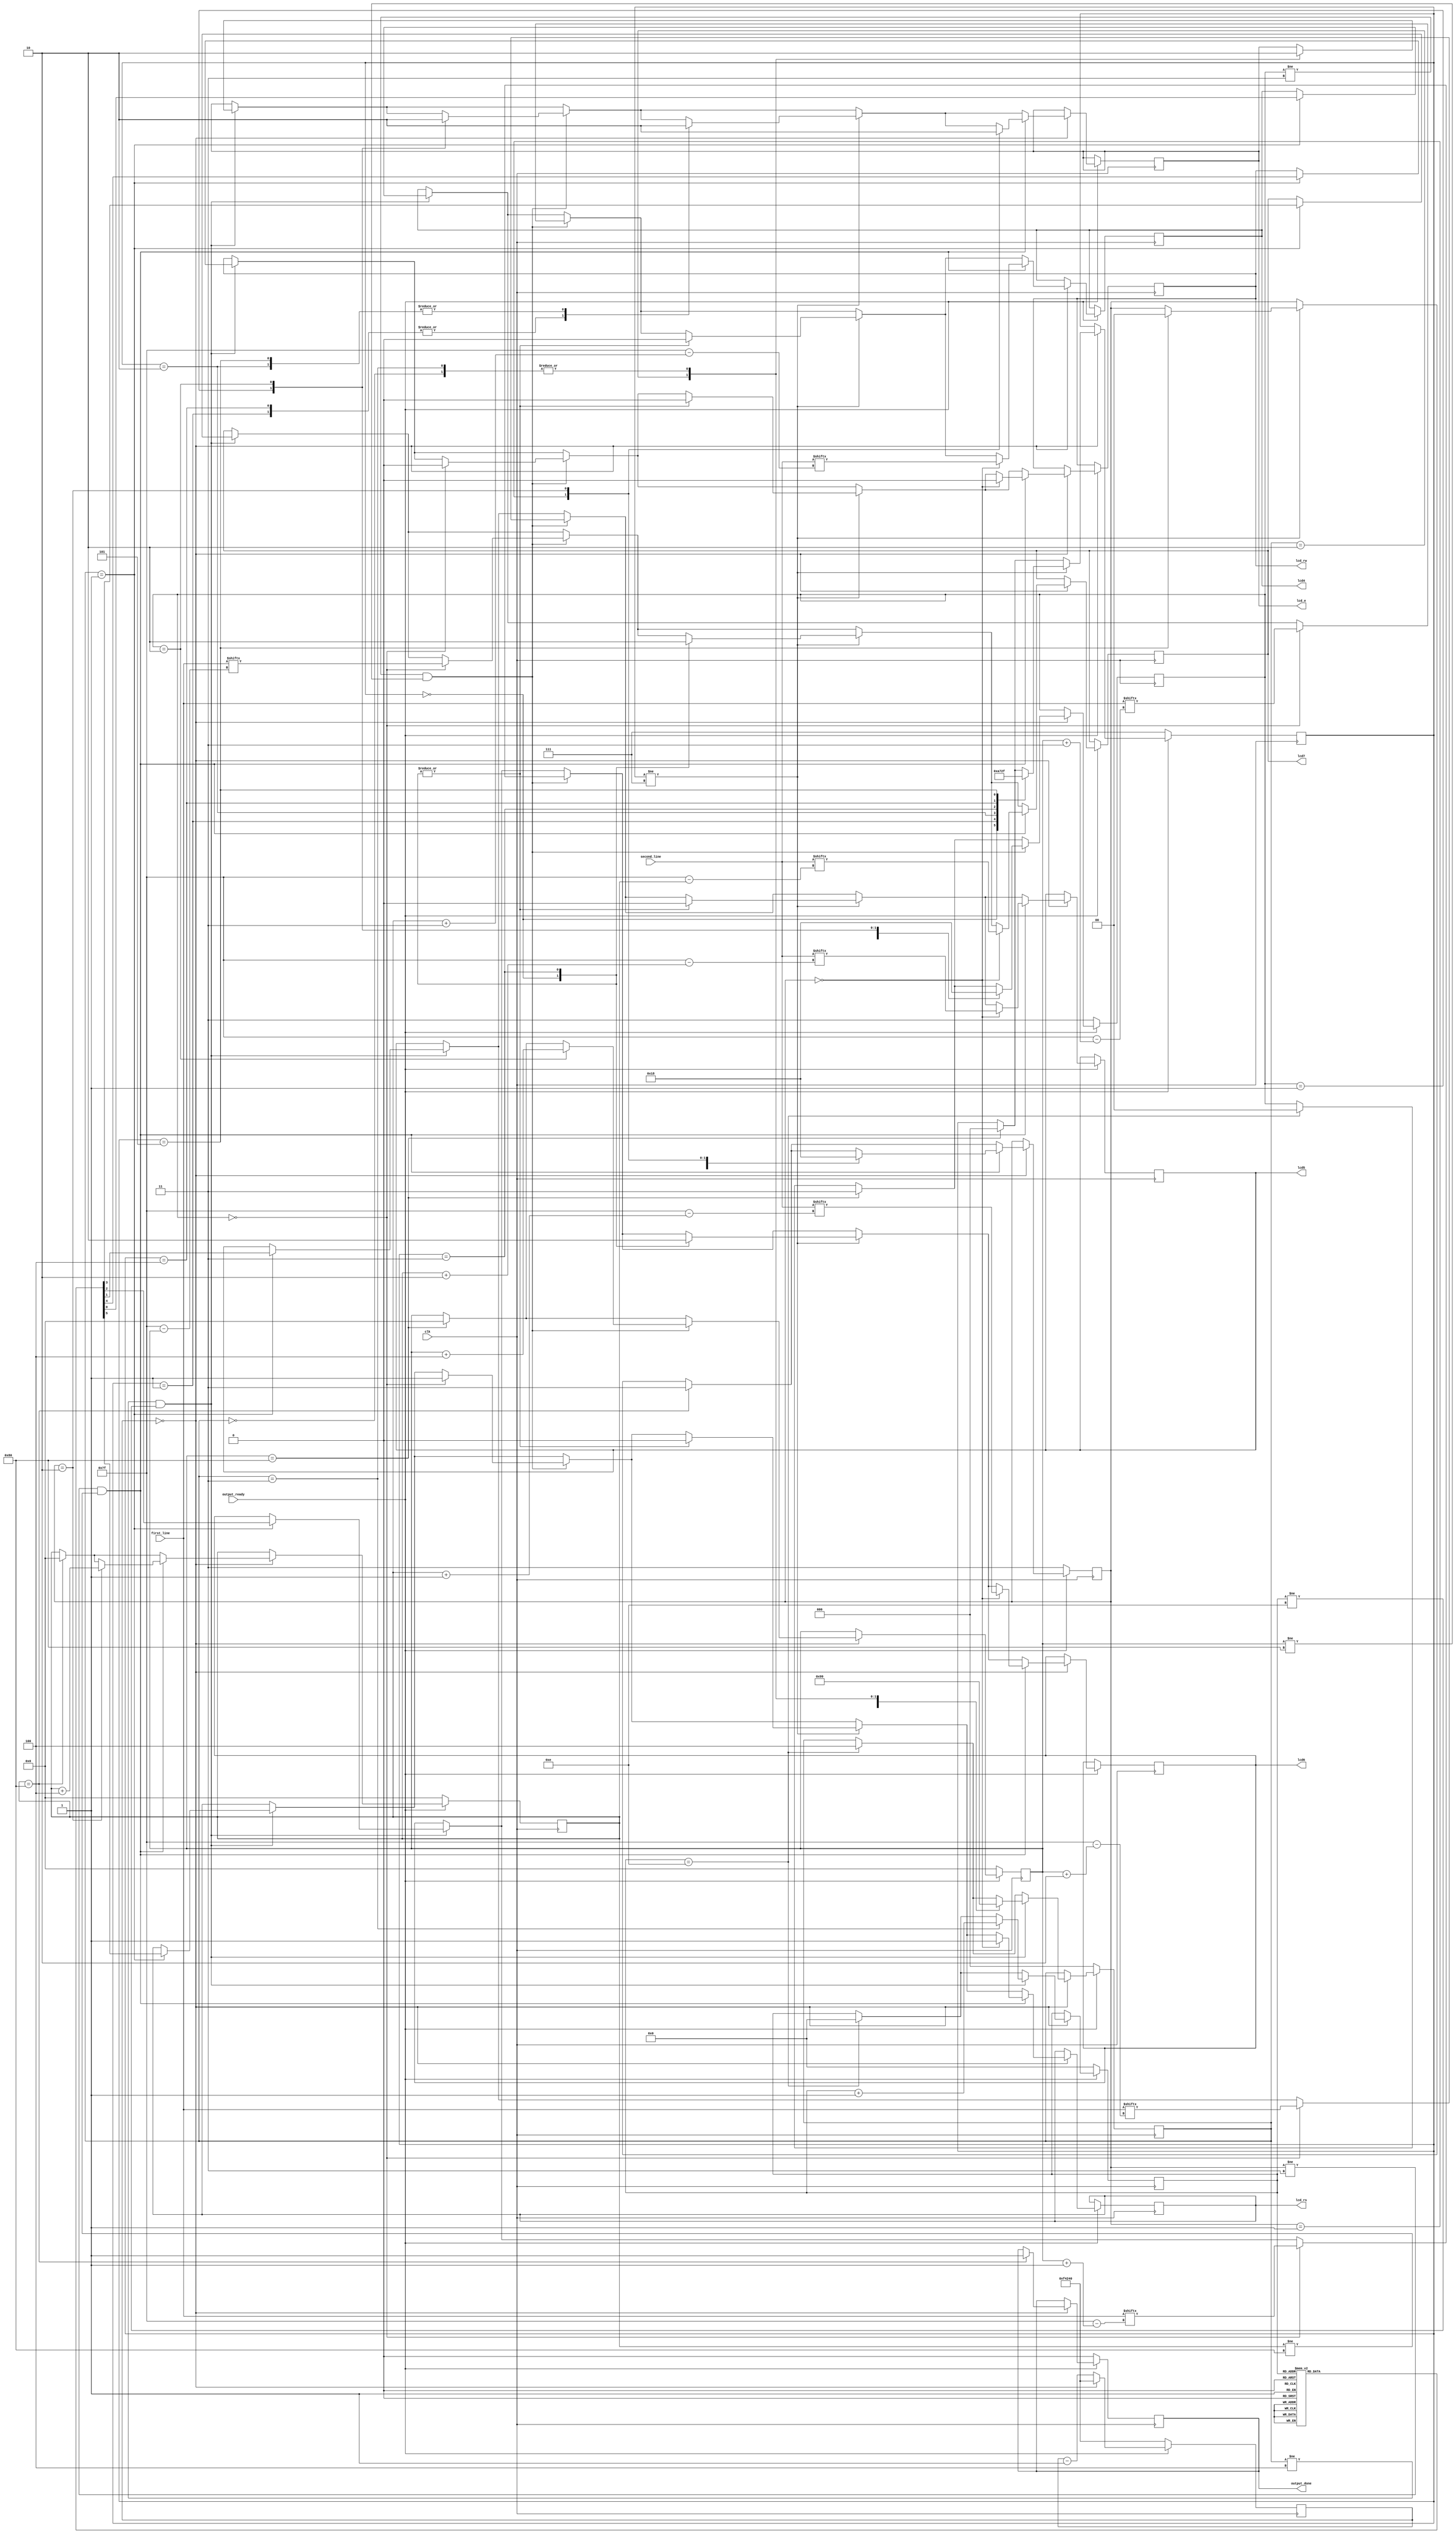
`timescale 1ns / 1ps
//////////////////////////////////////////////////////////////////////////////////
// Company: 
// Engineer: 
// 
// Design Name: 
// Module Name:    lcd_interface 
// Project Name: 
// Target Devices: 
// Tool versions: 
// Description: 
//
// Dependencies: 
//
// Revision: 
// Revision 0.01 - File Created
// Additional Comments: Authored by Mainak Chaudhuri
//
//////////////////////////////////////////////////////////////////////////////////
module lcd_interface(output_ready, first_line, second_line, clk, lcd_rs, lcd_rw, lcd_e, lcd4, lcd5, lcd6, lcd7, output_done
    );

   	input output_ready;
   	input [0:127] first_line;
	input [0:127] second_line;
	input clk;
	output lcd_rs, lcd_rw, lcd_e, lcd4, lcd5, lcd6, lcd7, output_done;
	reg lcd_rs, lcd_rw, lcd_e, lcd4, lcd5, lcd6, lcd7, output_done;

	reg [7:0] first_line_index;
	reg [1:0] first_line_state;
	 
	reg [7:0] second_line_index;
	reg [1:0] second_line_state;
	 
	reg [19:0] counter;
	reg [2:0] next_state;
	 
	reg [2:0] line_break_state;
	 
	reg [5:0] init_ROM [0:13];
	reg [3:0] init_ROM_index;
	 
	// Initialization code
	initial begin
	   	first_line_index = 0;
		first_line_state = 3;
		second_line_index = 0;
		second_line_state = 3;
		counter = 1_000_000;
		next_state = 0;
		line_break_state = 7;
		init_ROM_index = 0;
		output_done = 0;
		init_ROM[0] = 6'h03;
		init_ROM[1] = 6'h03;
		init_ROM[2] = 6'h03;
		init_ROM[3] = 6'h02;
		init_ROM[4] = 6'h02;
		init_ROM[5] = 6'h08;
		init_ROM[6] = 6'h00;
		init_ROM[7] = 6'h06;
		init_ROM[8] = 6'h00;
		init_ROM[9] = 6'h0c;
		init_ROM[10] = 6'h00;
		init_ROM[11] = 6'h01;
		init_ROM[12] = 6'h08;
		init_ROM[13] = 6'h00;
	end
	
	always @ (posedge clk) begin
	   	if (output_ready == 0) begin
		   	first_line_index <= 0;
		   	first_line_state <= 3;
		   	second_line_index <= 0;
		   	second_line_state <= 3;
		   	counter <= 1_000_000;
		   	next_state <= 0;
		   	line_break_state <= 7;
		   	init_ROM_index <= 0;
			output_done <= 0;
		end
		else if (output_ready == 1) begin
	      		if (counter == 0) begin
		      		counter <= 1_000_000;
			
			   	// Initialization state machine
			   	if (init_ROM_index == 14) begin
				   	next_state <= 4;
				   	init_ROM_index <= 0;
				   	first_line_state <= 0;
			   	end
					
			   	if ((next_state != 4) && (init_ROM_index != 14)) begin
			     		case (next_state)
			      		0: begin
						lcd_e <= 0;
						next_state <= 1;
               				end
					
               				1: begin
						{lcd_rs, lcd_rw, lcd7, lcd6, lcd5, lcd4} <= init_ROM[init_ROM_index];
						next_state <= 2;
				   	end
					
				   	2: begin
				      		lcd_e <= 1;
						next_state <= 3;
					end
					
				   	3: begin
				      		lcd_e <= 0;
						next_state <= 1;
						init_ROM_index <= init_ROM_index + 1;
					end
				  	endcase
			   	end
			
			   	// First line state machine
			   	if (first_line_index == 128) begin
				   	first_line_state <= 3;
				   	first_line_index <= 0;
				   	line_break_state <= 0;
			   	end
			   	if ((first_line_state != 3) && (first_line_index != 128)) begin
				   	case (first_line_state)
					0: begin
						{lcd_rs, lcd_rw, lcd7, lcd6, lcd5, lcd4} <= {2'h2,first_line[first_line_index],first_line[first_line_index+1],first_line[first_line_index+2],first_line[first_line_index+3]};
						first_line_state <= 1;
				   	end
						
					1: begin
						lcd_e <= 1;
						first_line_state <= 2;
					end
					
					2: begin
						lcd_e <= 0;
						first_line_state <= 0;
						first_line_index <= first_line_index+4;
					end
				   	endcase
			   	end
			
			   	// Line break state machine
			   	if (line_break_state != 7) begin
				   	case (line_break_state)
					0: begin
						{lcd_rs, lcd_rw, lcd7, lcd6, lcd5, lcd4} <= 6'h0c;
						line_break_state <= 1;
					end
						
					1: begin
						lcd_e <= 1;
						line_break_state <= 2;
					end
						
					2: begin
						lcd_e <= 0;
						line_break_state <= 3;
					end
						
					3: begin
						{lcd_rs, lcd_rw, lcd7, lcd6, lcd5, lcd4} <= 6'h00;
						line_break_state <= 4;
					end
						
					4: begin
						lcd_e <= 1;
						line_break_state <= 5;
					end
						
					5: begin
						lcd_e <= 0;
						line_break_state <= 7;
						second_line_state <= 0;
					end
				   	endcase
			   	end
			
			   	// Second line state machine
			   	if (second_line_index == 128) begin
				   	second_line_state <= 3;
				   	second_line_index <= 0;
					output_done <= 1;
			   	end
			   	if ((second_line_state != 3) && (second_line_index != 128)) begin
				   	case (second_line_state)
					0: begin
						{lcd_rs, lcd_rw, lcd7, lcd6, lcd5, lcd4} <= {2'h2,second_line[second_line_index],second_line[second_line_index+1],second_line[second_line_index+2],second_line[second_line_index+3]};
						second_line_state <= 1;
					end
						
					1: begin
						lcd_e <= 1;
						second_line_state <= 2;
					end
					
					2: begin
						lcd_e <= 0;
						second_line_state <= 0;
						second_line_index <= second_line_index+4;
					end
				   	endcase
			   	end
		   	end
		   	else 
		   	begin 
		      		counter <= counter - 1;
		   	end
	   	end
	end

endmodule